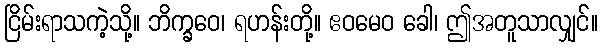
ငြိမ်းရာသကဲ့သို့။ ဘိက္ခဝေ၊ ရဟန်းတို့။ ဧဝမေဝ ခေါ၊ ဤအတူသာလျှင်။